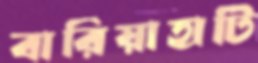
বারিয়াহাটি